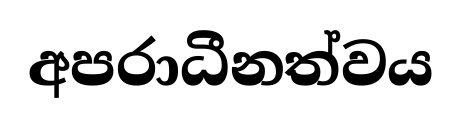
අපරාධීනත්වය